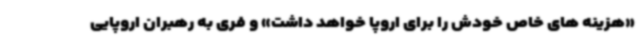
«هزینه های خاص خودش را برای اروپا خواهد داشت» و فری به رهبران اروپایی